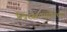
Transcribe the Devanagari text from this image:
खिरसरापर्यंतच्या